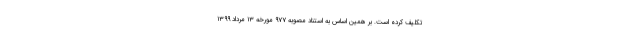
تکلیف کرده است. بر همین اساس به استناد مصوبه ۹۷۷ مورخه ۱۳ مرداد ۱۳۹۹